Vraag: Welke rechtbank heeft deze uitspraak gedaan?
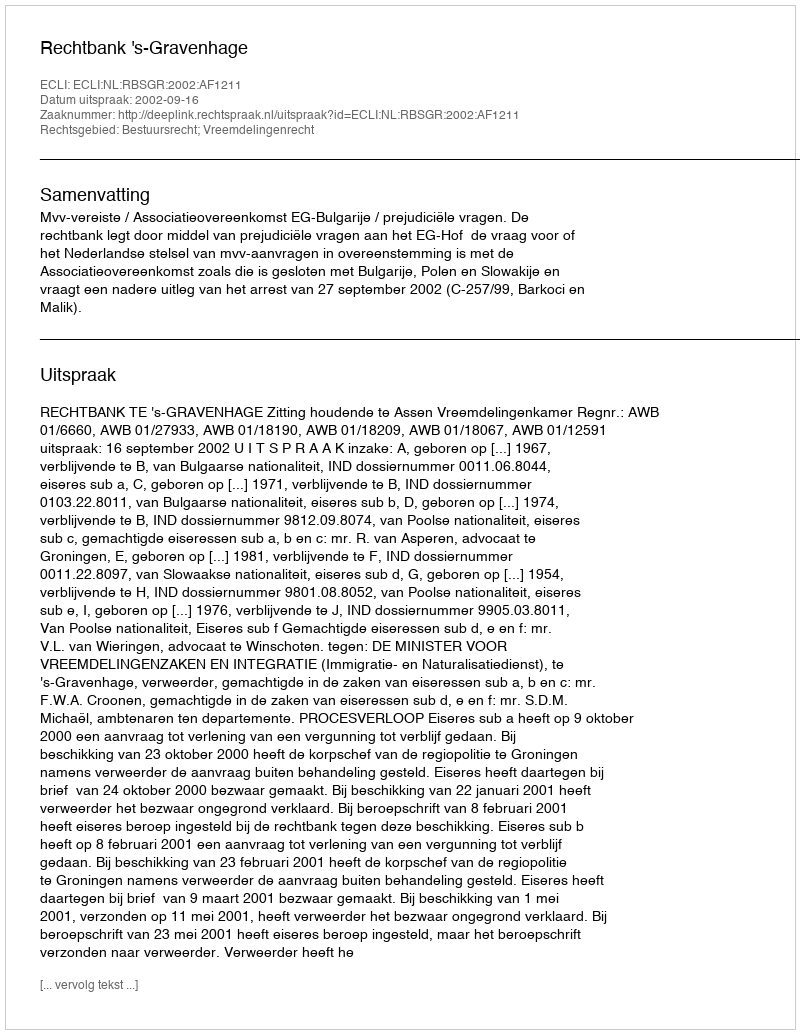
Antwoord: Rechtbank 's-Gravenhage